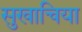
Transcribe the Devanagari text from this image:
सुखाचिया